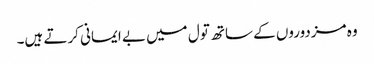
وہ مزدوروں کے ساتھ تول میں بے ایمانی کرتے ہیں۔